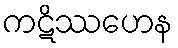
ကဋိဿဟေန